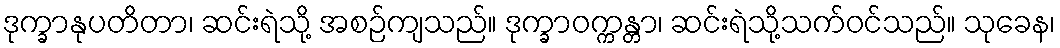
ဒုက္ခာနုပတိတာ၊ ဆင်းရဲသို့ အစဉ်ကျသည်။ ဒုက္ခာဝက္ကန္တာ၊ ဆင်းရဲသို့သက်ဝင်သည်။ သုခေန၊